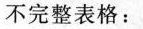
不完整表格：